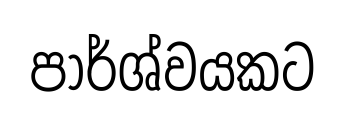
පාර්ශ්වයකට